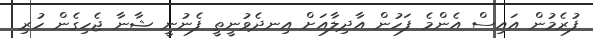
ފުރެމުން އައިސް އެންމެ ފަހުން އާދިލާއަށް އިނދެވުނީތީ ފެނުނީ ޝާނާ ޖެހިގެން ހުރި